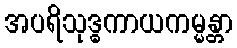
အပရိသုဒ္ဓကာယကမ္မန္တာ